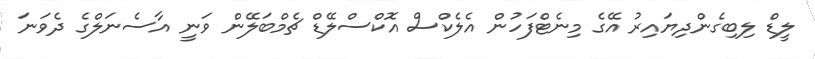
ލީޑް ލިބިގެންދިޔައިރު އޭގެ މިނެޓްފަހުން އެލެކްސް އޮކްސްލޭޑް ޗެމްބަލޭން ވަނީ އާސެނަލްގެ ދެވަނަ